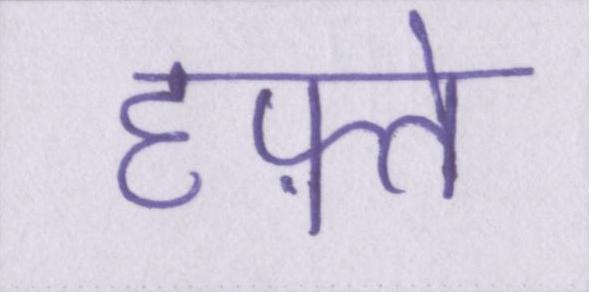
हफ़्ते